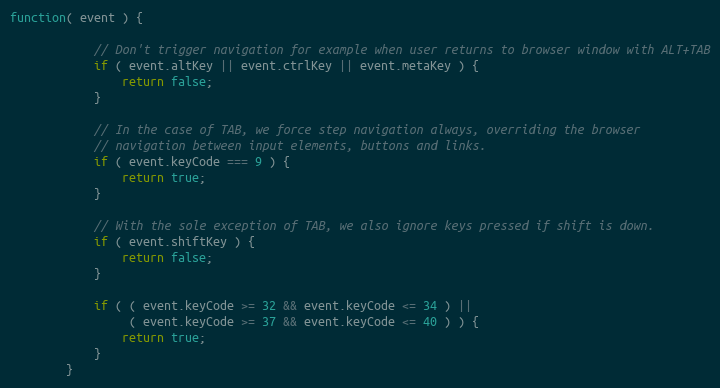
Language: JavaScript
function( event ) {

            // Don't trigger navigation for example when user returns to browser window with ALT+TAB
            if ( event.altKey || event.ctrlKey || event.metaKey ) {
                return false;
            }

            // In the case of TAB, we force step navigation always, overriding the browser
            // navigation between input elements, buttons and links.
            if ( event.keyCode === 9 ) {
                return true;
            }

            // With the sole exception of TAB, we also ignore keys pressed if shift is down.
            if ( event.shiftKey ) {
                return false;
            }

            if ( ( event.keyCode >= 32 && event.keyCode <= 34 ) ||
                 ( event.keyCode >= 37 && event.keyCode <= 40 ) ) {
                return true;
            }
        }